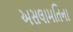
અસલામતિના